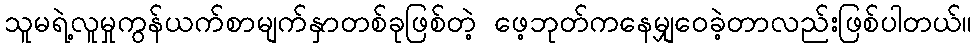
သူမရဲ့လူမှုကွန်ယက်စာမျက်နှာတစ်ခုဖြစ်တဲ့ ဖေ့ဘုတ်ကနေမျှဝေခဲ့တာလည်းဖြစ်ပါတယ်။